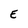
Character: E